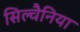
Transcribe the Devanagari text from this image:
सिल्वैनिया